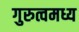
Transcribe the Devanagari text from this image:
गुरुत्वमध्य